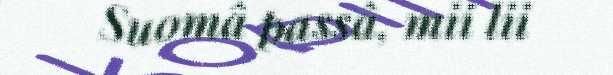
Suomâ passâ, mii lii